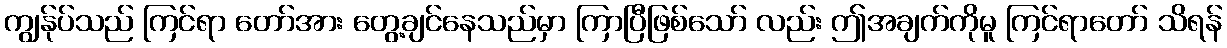
ကျွန်ုပ်သည် ကြင်ရာ တော်အား တွေ့ချင်နေသည်မှာ ကြာပြီဖြစ်သော် လည်း ဤအချက်ကိုမူ ကြင်ရာတော် သိရန်